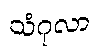
သံဂုလာ